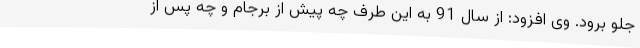
جلو برود. وی افزود: از سال 91 به این طرف چه پیش از برجام و چه پس از